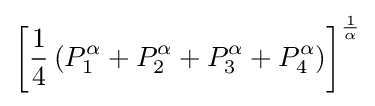
\left[{\frac {1}{4}}\left(P_{1}^{\alpha }+P_{2}^{\alpha }+P_{3}^{\alpha }+P_{4}^{\alpha }\right)\right]^{\frac {1}{\alpha }}